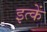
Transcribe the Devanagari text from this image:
इत्कें